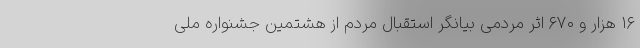
۱۶ هزار و ۶۷۰ اثر مردمی بیانگر استقبال مردم از هشتمین جشنواره ملی